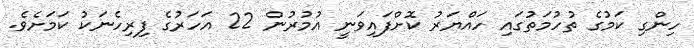
ހިންގި ކަމުގެ ތުހުމަތުގައި ހައްޔަރު ކޮށްފައިވަނީ އުމުރުން 22 އަހަރުގެ ފިރިހެނަކު ކަމަށެވެ.